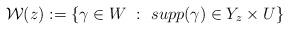
LaTeX: \begin{align*} \mathcal{W}(z):= \left\{\gamma\in W \ : \ supp(\gamma)\in Y_z\times U \right\} \end{align*}